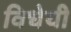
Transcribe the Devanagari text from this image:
विधेयी